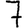
Digit: 7